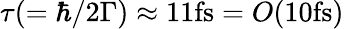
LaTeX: \tau(=\hbar/2\Gamma)\approx 11\textrm{fs}=O(10\textrm{fs})